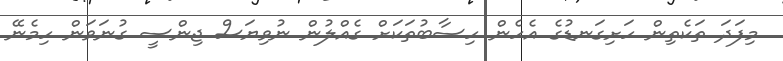
މިފަދަ ތަކެތިން ހަށިގަނޑުގެ އެހެން ހިސާބުތަކަށް ގެއްލުން ނުވިޔަސް ޖިންސީ ގުނަވަން ހިމެނޭ